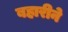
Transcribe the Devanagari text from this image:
बहारीने